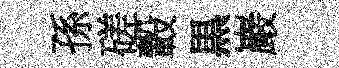
孫磋轂黒巖